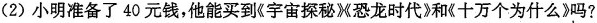
(2)小明准备了40元钱，他能买到《宇宙探秘M恐龙时代》和K十万个为什么》吗?